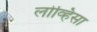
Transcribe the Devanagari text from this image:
लोव्हिसा